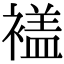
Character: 𧜡